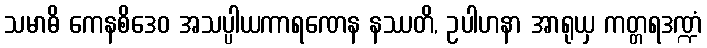
သမာဓိ ကေနစိဒေဝ အသပ္ပါယကာရဏေန နဿတိ, ဥပါဟနာ အာရုယှ ကတ္တရဒဏ္ဍံ